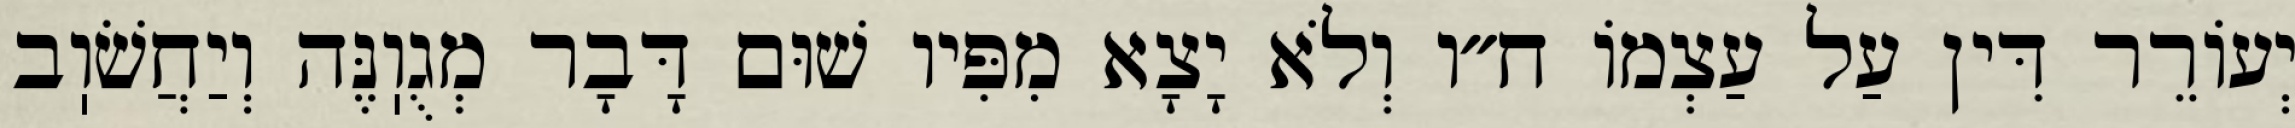
יְעוֹרֵר דִּין עַל עַצְמוֹ ח״ו וְלֹא יָצָא מִפִּיו שׁוּם דָּבָר מְגֻוֽנֶּה וְיַחֲשֹׁוֽב